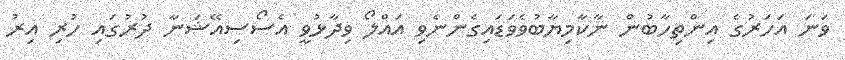
ވަނަ އަހަރުގެ އިންތިހާބުން ނާކާމިޔާބުވެވަޑައިގެންނެވި އައްލޯ ވިދާޅުވީ އެސޯސިއޭޝަނާ ދުރުގައި ހުރި އިރު